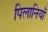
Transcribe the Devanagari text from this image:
पिलानियाँ